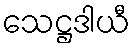
သေဋ္ဌဒါယီ